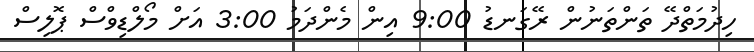
ހިދުމަތްދޭ ތަންތަނުން ރޭގަނޑު 9:00 އިން މެންދަމު 3:00 އަށް މޯލްޑިވްސް ޕޮލިސް